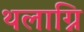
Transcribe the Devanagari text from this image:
थलाग्नि